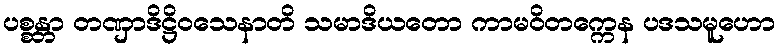
ပစ္စန္တာ တဏှာဒိဋ္ဌိဝသေနာတိ သမာဒိယတော ကာမဝိတက္ကေန ပဒသမူဟော